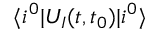
\langle i ^ { 0 } \lvert U _ { I } ( t , t _ { 0 } ) \lvert i ^ { 0 } \rangle